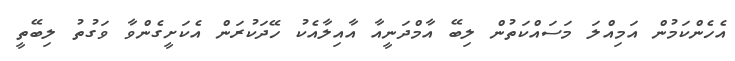
އެހެންކަމުން އަމިއްލަ މަސައްކަތުން ލިބޭ އާމްދަނީއާ އާއިލާއެކު ހޭދަކުރަން އެކަށީގެންވާ ވަގުތު ލިބޭތީ